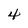
Character: 4